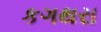
કગથરા